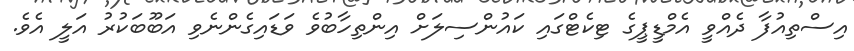
އިސްތިއުފާ ދެއްވީ އެމްޑީޕީގެ ޓިކެޓްގައި ކައުންސިލަށް އިންތިހާބުވެ ވަޑައިގެންނެވި އަބޫބަކުރު އަލީ އެވެ.